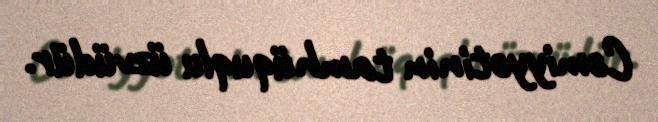
Cəmiyyətinin tamhüquqlu üzvüdür.